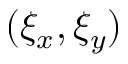
( \xi _ { x } , \xi _ { y } )